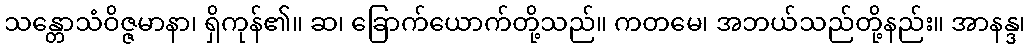
သန္တောသံဝိဇ္ဇမာနာ၊ ရှိကုန်၏။ ဆ၊ ခြောက်ယောက်တို့သည်။ ကတမေ၊ အဘယ်သည်တို့နည်း။ အာနန္ဒ၊